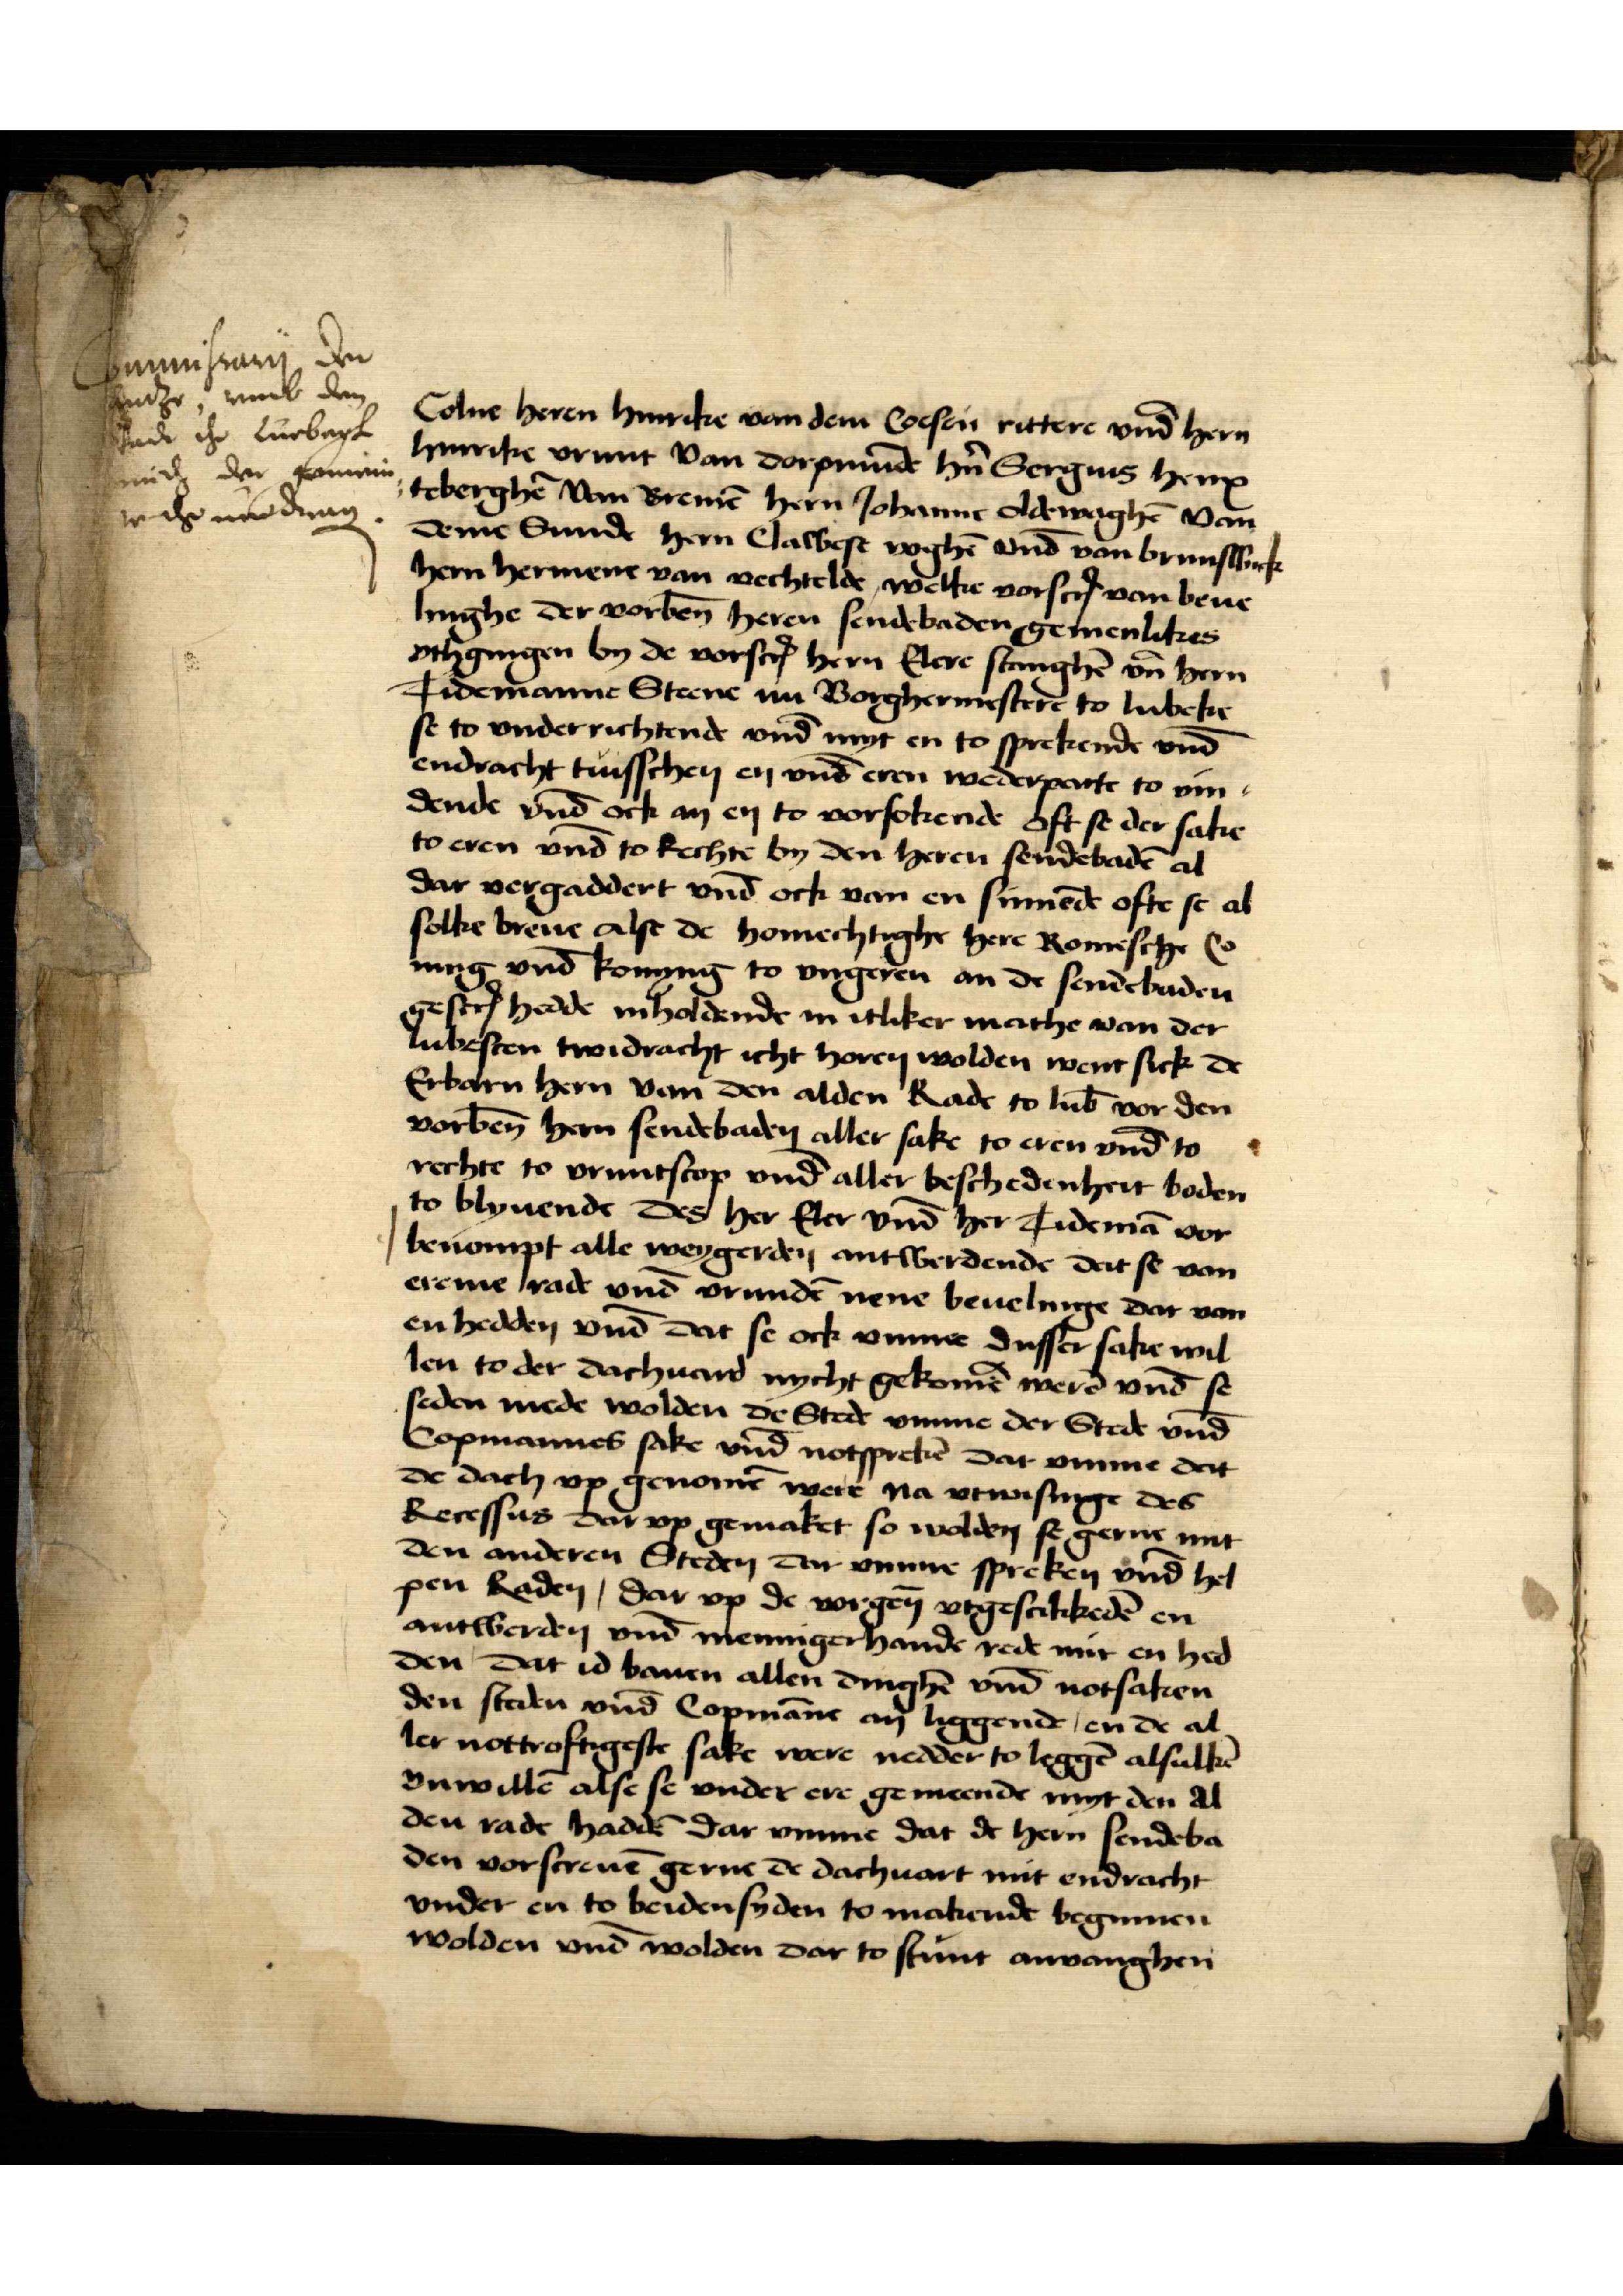
Commissarij der
Antze vnd dem
Rade tho Luebegk
nich der gemein¬
en tho vmedrag

Colne heren Hinrike van dem Coesen rittere vnd̄ hern
Hinrike Vrunt van Dorpmūde hn̉ Sergius Henx¬
teberghē van Bremē hern Johannis Oldewaghē van
deme Sunde hern Cawest Voghē vnd̄ van Brunswick
hern Hermene van Vechtelde, welke vorscrꝬ van beue¬
linge der vorben̄ heren sendebaden gemenlikes
vthgingen by de vorscrꝬ hern Elere Stenghē vnd hern
Tidemanne Steene nu Borghermestere to Lubeke
se to vnderrichtende vnd̄ myt en to sprekende vnd̄
endracht tuisschen en vnd̄ eren wederparte to vin¬
dende vnd̄ ock an en to vorsokende oft se der sake
to eren vnd̄ to Rechte by den heren sendebadē al
dar vergaddert vnd̄ ock van en sinnēde ofte se al
solke breue Alse de homechtighe here Romesche Co¬
ning vnd̄ konyng to Vngeren an de sendebaden
gescrꝬ hedde inholdende in itliker mathe van der 
lubeschen twidracht icht horen wolden went sick de
Erbarn hern van den alden Rade to Lub̄ vor den
vorben̄ hern sendebaden aller sake to eren vnd̄ to
rechte to vruntscop vnd̄ aller beschedenheit boden
to blyuende des her Eler vnd̄ her Tidemā vor¬
benompt alle weygerden antwerdende dit se van
ereme rade vnd̄ vrundē nene beuelinge dar van
en hedden vnd̄ dat se ock vmme dusser sake wil¬
len to der dachuard nycht gekomē werē vnd̄ se
seden mede wolden de Stede vnme der Stede vnd̄
Copmannes sake vnd̄ notsprekē dat vmme dat
de dach vp genomē were na vtwisinge des
Recessus dar vp gemaket so wolden se gerne mit
den anderen Steden dar vmme spreken vnd̄ hel¬
pen Raden, dar vp de vorgen̄ vtgescikkedē en
antwerden vnd̄ mennigerhande rede mit en hed¬
den dat id bouen allen dinghē vnd̄ notsaken
den steden vnd̄ Copmāns an liggende en de al¬
ler nottroftigeste sake were neder to leggē alsulkē
vnwillē alse se vnder ere gemeende myt den al¬
den rade haddē dar vmme dat de hern sendeba¬
den vorscreuē gerne de dachuart mit endracht
vnder en to beiden syden to makende beginnen
wolden vnd̄ wolden dar to stunt anvanghen